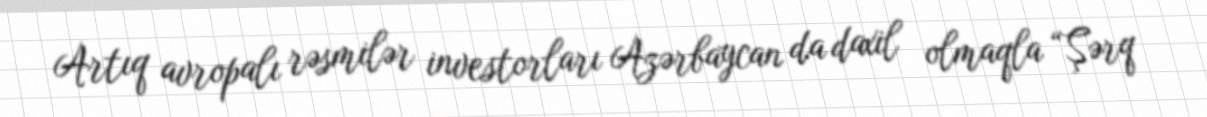
Artıq avropalı rəsmilər investorları Azərbaycan da daxil olmaqla “Şərq